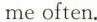
me often.